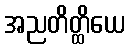
အညတိတ္ထိယေ